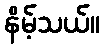
နိမ့်သယ်။